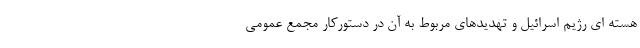
هسته ای رژیم اسرائیل و تهدیدهای مربوط به آن در دستورکار مجمع عمومی